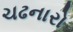
ચઢનારો